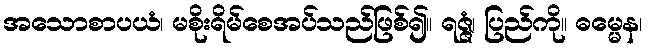
အသောစာပယံ၊ မစိုးရိမ်စေအပ်သည်ဖြစ်၍။ ရဇ္ဇံ၊ ပြည်ကို။ ဓမ္မေန၊